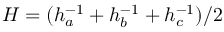
H = ( h _ { a } ^ { - 1 } + h _ { b } ^ { - 1 } + h _ { c } ^ { - 1 } ) / 2